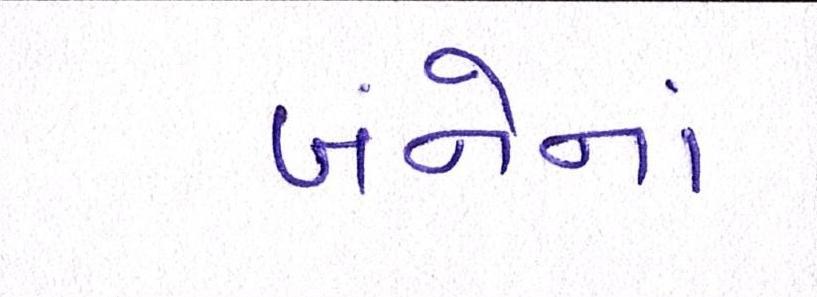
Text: બંનેનાં